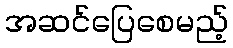
အဆင်ပြေစေမည့်